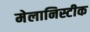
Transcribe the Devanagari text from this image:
मेलानिस्टीक